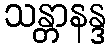
သန္တာနန္ဒ